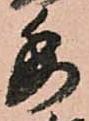
委